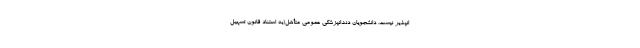
انپذیر نیست. دانشجویان دندانپزشکی عمومی متأهل(به استناد قانون تسهیل